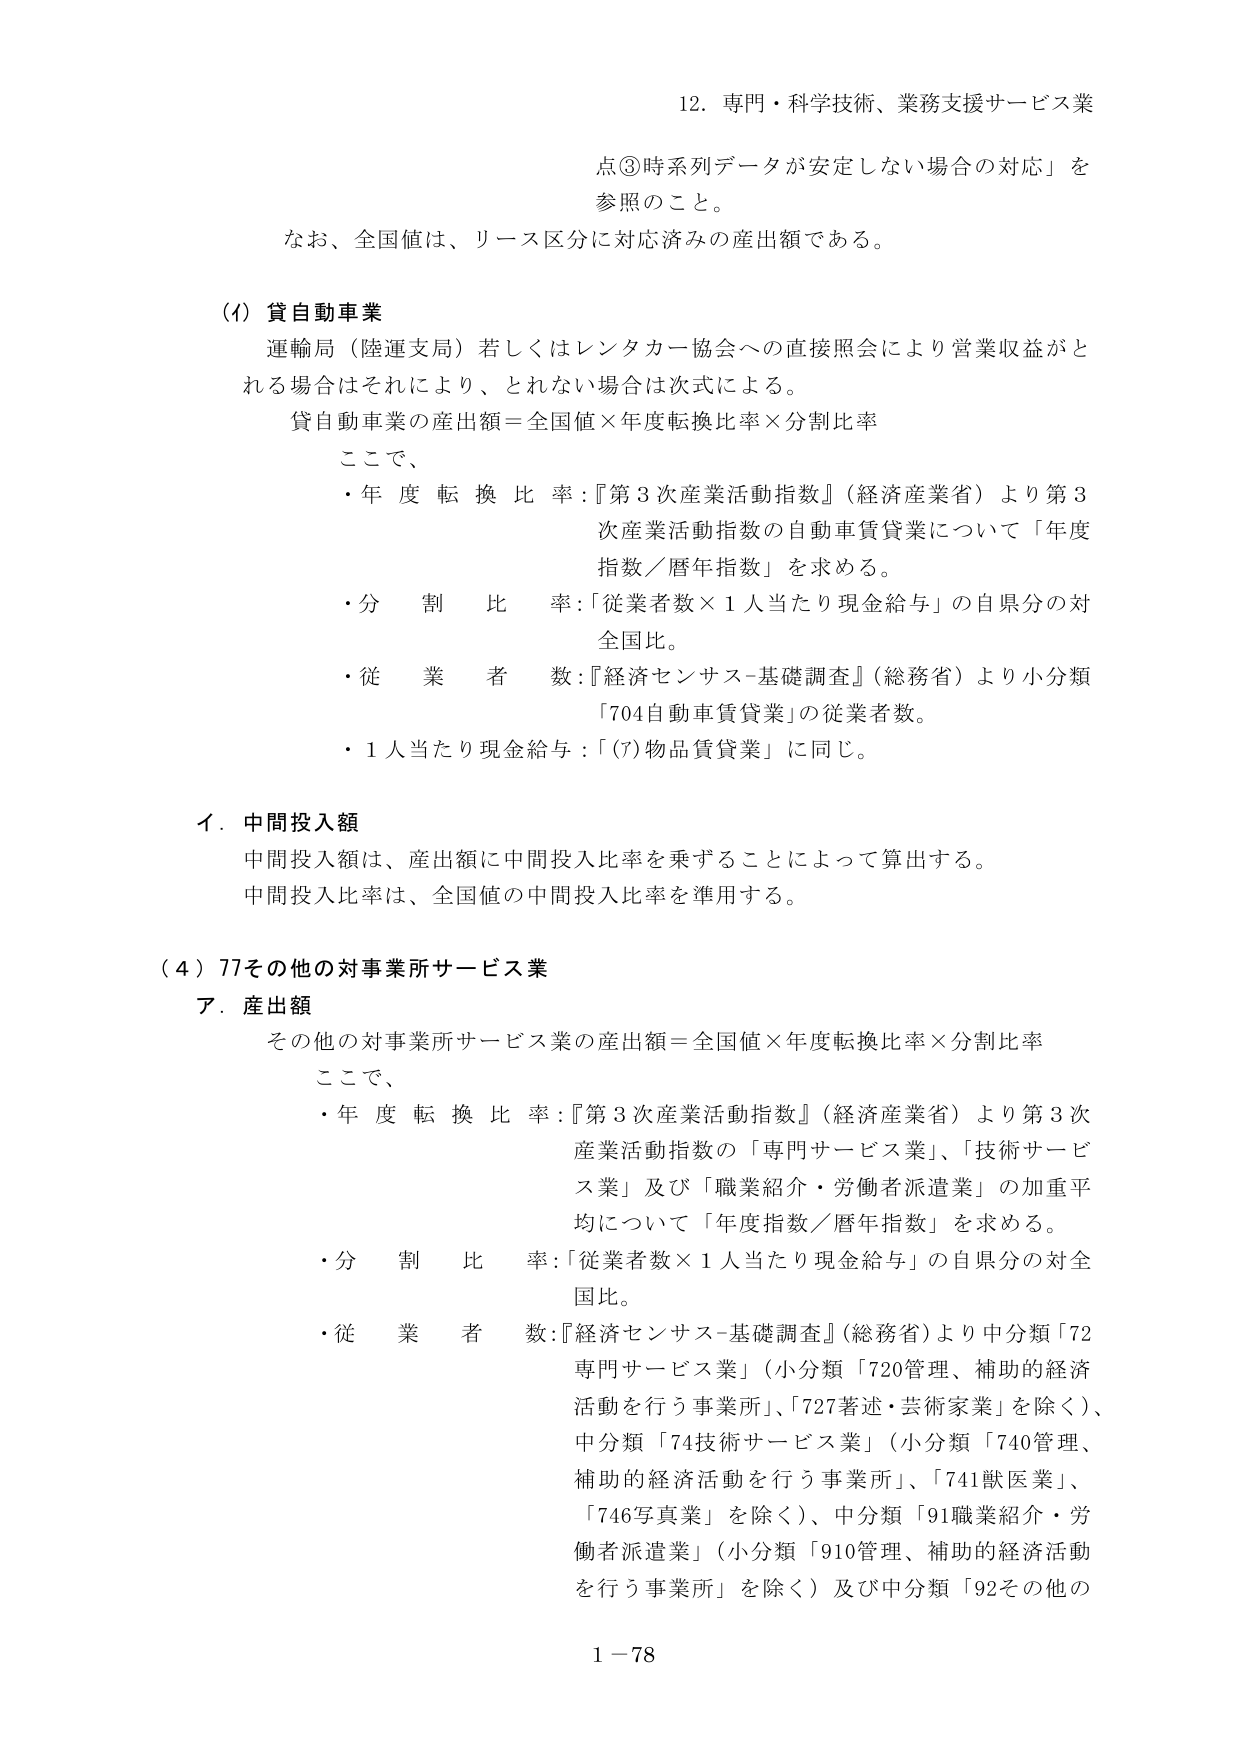
12. 専門・科学技術、業務支援サービス業
点③時系列データが安定しない場合の対応」を
参照のこと。
なお、全国値は、リース区分に対応済みの産出額である。

(Ⅰ) 貸自動車業
運輸局（陸運支局）若しくはレンタカー協会への直接照会により営業収益がと
れる場合はそれにより、とれない場合は次式による。
貸自動車業の産出額＝全国値×年度転換比率×分割比率
ここで、
・年度転換比率：『第3次産業活動指数』（経済産業省）より第3
次産業活動指数の自動車賃貸業について「年度
指数／暦年指数」を求める。
・分割比率：「従業者数×1人当たり現金給与」の自県分の対
全国比。
・従業者数：『経済センサス-基礎調査』（総務省）より小分類
「704自動車賃貸業」の従業者数。
・1人当たり現金給与：「(7)物品賃貸業」に同じ。

イ．中間投入額
中間投入額は、産出額に中間投入比率を乗ずることによって算出する。
中間投入比率は、全国値の中間投入比率を準用する。

(4) 77その他の対事業所サービス業
ア．産出額
その他の対事業所サービス業の産出額＝全国値×年度転換比率×分割比率
ここで、
・年度転換比率：『第3次産業活動指数』（経済産業省）より第3次
産業活動指数の「専門サービス業」、「技術サービス業」及び「職業紹介・労働者派遣業」の加重平
均について「年度指数／暦年指数」を求める。
・分割比率：「従業者数×1人当たり現金給与」の自県分の対全
国比。
・従業者数：『経済センサス-基礎調査』（総務省）より中分類「72
専門サービス業」（小分類「720管理、補助的経済
活動を行う事業所」、「727著述・芸術家業」を除く）、
中分類「74技術サービス業」（小分類「740管理、
補助的経済活動を行う事業所」、「741獣医業」、
「746写真業」を除く）、中分類「91職業紹介・労
働者派遣業」（小分類「910管理、補助的経済活動
を行う事業所」を除く）及び中分類「92その他の

1－78